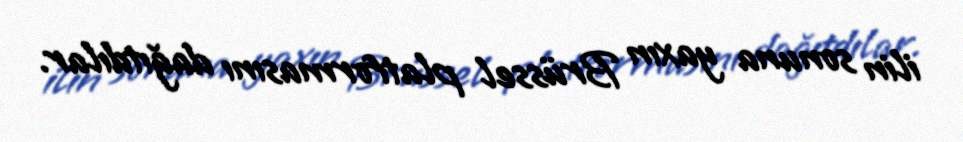
ilin sonuna yaxın Brüssel platformasını dağıtdılar.